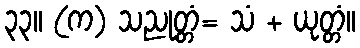
၃၃။ (က) သညုတ္တံ= သံ + ယုတ္တံ။